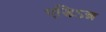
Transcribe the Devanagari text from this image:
एडिऽन्न